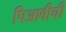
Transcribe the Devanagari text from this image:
पिआवीची